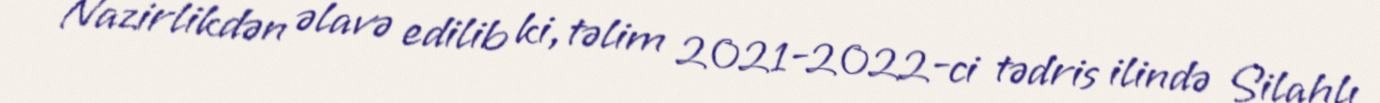
Nazirlikdən əlavə edilib ki, təlim 2021-2022-ci tədris ilində Silahlı